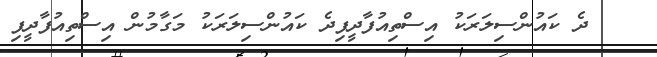
ދެ ކައުންސިލަރަކު އިސްތިއުފާދީފިދެ ކައުންސިލަރަކު މަގާމުން އިސްތިއުފާދީފި